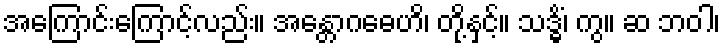
အကြောင်းကြောင့်လည်း။ အန္တောဂဓေဟိ၊ တို့နှင့်။ သဒ္ဓိံ၊ ကွ။ ဆ ဘဝါ၊